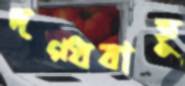
দগ্ধবাহু